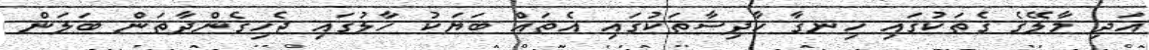
އަދި މާލޭގެ ގެތަކުގައި ހިނގާ ހާދިސާތަކުގައި އެތައް ބަޔަކު ހާލުގައި ޖެހިގެންދާތަން ބަލަން